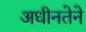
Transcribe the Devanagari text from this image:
अधीनतेने